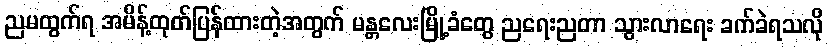
ညမထွက်ရ အမိန့်ထုတ်ပြန်ထားတဲ့အတွက် မန္တလေးမြို့ခံတွေ ညရေးညတာ သွားလာရေး ခက်ခဲရသလို